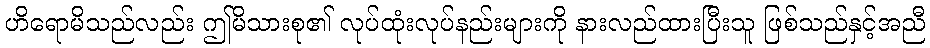
ဟိရောမိသည်လည်း ဤမိသားစု၏ လုပ်ထုံးလုပ်နည်းများကို နားလည်ထားပြီးသူ ဖြစ်သည်နှင့်အညီ